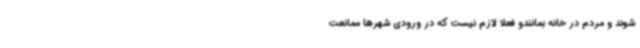
شوند و مردم در خانه بمانندو فعلا لازم نیست که در ورودی شهرها ممانعت